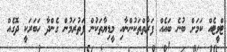
ޓްވީޓެއް ކަމަށް ބުނެ ބައެއް ފަރާތްތަކުންނާއި މީޑިޔާތަކުން ފަތުރަމުން ގެންދާ ހަބަރަކީ ދޮގެއް